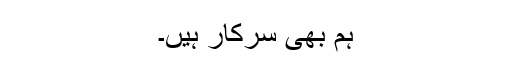
ہم بھی سرکار ہیں۔